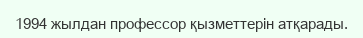
1994 жылдан профессор қызметтерін атқарады.